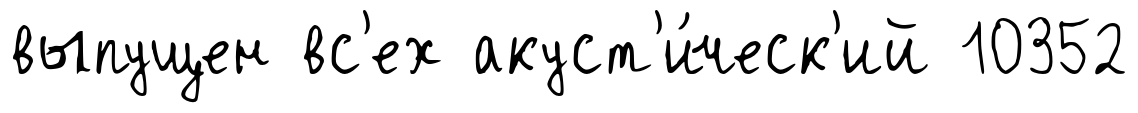
выпущен вс'ех акуст'и́ческ'ий 10352